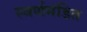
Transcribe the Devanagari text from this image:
स्वर्णमंडित